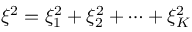
{ { \xi } ^ { 2 } } = \xi _ { 1 } ^ { 2 } + \xi _ { 2 } ^ { 2 } + \cdots + \xi _ { K } ^ { 2 }